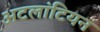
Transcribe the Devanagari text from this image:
अटलांटियन